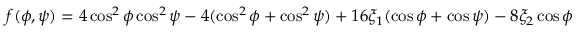
\begin{array} { r } { f ( \phi , \psi ) = 4 \cos ^ { 2 } \phi \cos ^ { 2 } \psi - 4 ( \cos ^ { 2 } \phi + \cos ^ { 2 } \psi ) + 1 6 \xi _ { 1 } ( \cos \phi + \cos \psi ) - 8 \xi _ { 2 } \cos \phi \cos \psi - \xi _ { 3 } = 0 . } \end{array}